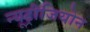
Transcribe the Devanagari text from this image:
न्यूट्रीजियोन